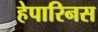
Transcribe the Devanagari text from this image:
हेपारिनस